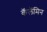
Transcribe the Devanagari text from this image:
कॅलॅमिन